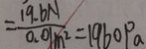
= \frac { 1 9 . 6 N } { 0 . 0 1 m ^ { 2 } } = 1 9 6 0 p